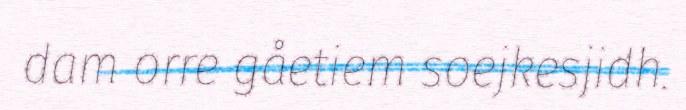
dam orre gåetiem soejkesjidh.